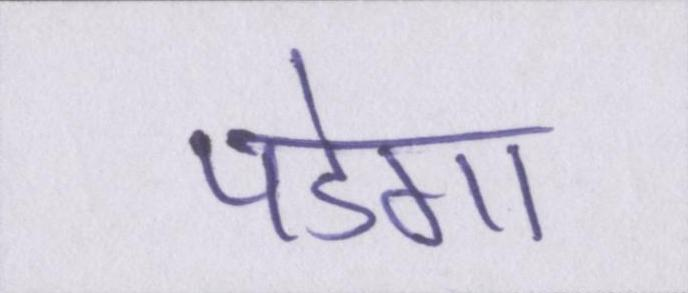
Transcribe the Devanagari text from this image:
पडेगा